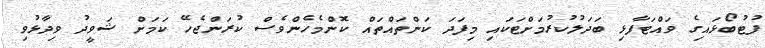
ފުޓުބޯޅައިގެ ވައްޓަފާޅި ބަދަލުކުރުމަށްޓަކައި މިފަދަ ކަންތައްތައް ކޮންމެހެންވެސް ކުރަންޖެހޭ ކަމަށް ޝަވީދު ވިދާޅުވި